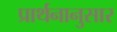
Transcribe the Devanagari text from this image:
प्रार्थनानुसार